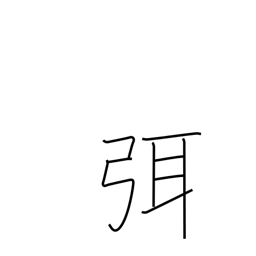
Meaning: cease